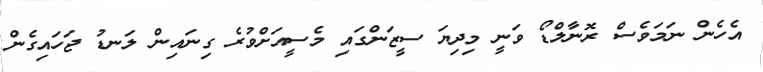
އެހެން ނަމަވެސް ރޮނާލްޑޯ ވަނީ މިދިޔަ ސީޒަންގައި މެސީއަށްވުރެ ގިނައިން ލަނޑު ޖަހައިގެން